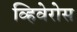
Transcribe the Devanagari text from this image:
व्हिवेरोस